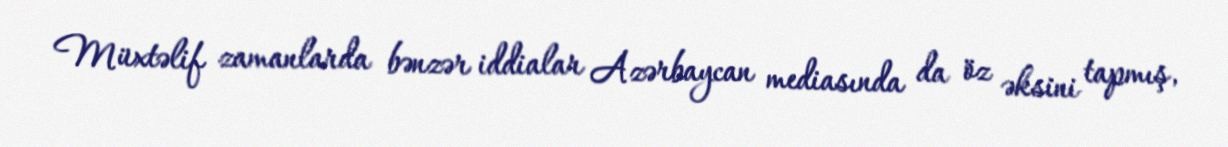
Müxtəlif zamanlarda bənzər iddialar Azərbaycan mediasında da öz əksini tapmış,